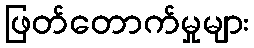
ဖြတ်တောက်မှုများ